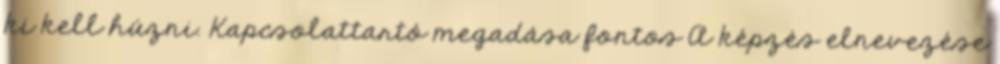
ki kell húzni. Kapcsolattartó megadása fontos A képzés elnevezése